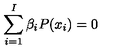
\sum _ { i = 1 } ^ { I } \beta _ { i } P ( x _ { i } ) = 0